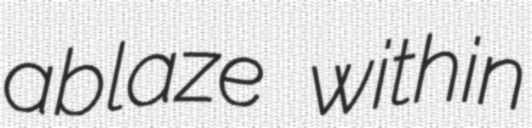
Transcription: ablaze within